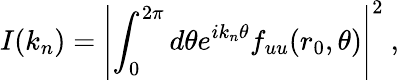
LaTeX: I(k_{n})=\left|\int_{0}^{2\pi}d\theta e^{ik_{n}\theta}f_{uu}(r_{0},\theta)\right|^{2}\ ,